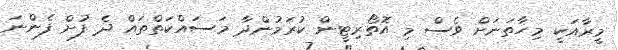
މީރާއަކީ މިހާތަނަށް ވެސް މި އޮތޯރިޓީން ކުރަމުންދާ މަސައްކަތްތައް ދެ ފުށް ފެންނަ